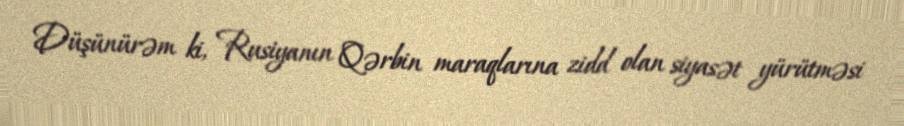
Düşünürəm ki, Rusiyanın Qərbin maraqlarına zidd olan siyasət yürütməsi